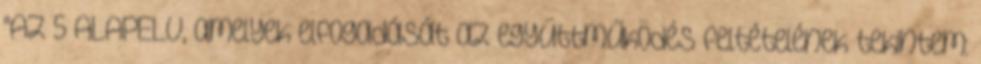
"AZ 5 ALAPELV, amelyek elfogadását az együttműködés feltételének tekintem: